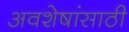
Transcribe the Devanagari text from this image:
अवशेषांसाठी